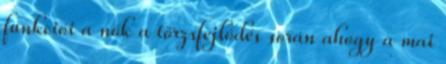
funkciói a nők a törzsfejlődés során ahogy a mai